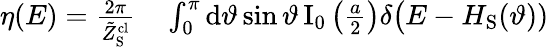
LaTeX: \begin{array}{rl}{\eta(E)=\frac{2\pi}{\tilde{Z}_{\mathrm{S}}^{\mathrm{cl}}}}&{{}\int_{0}^{\pi}\mathrm{d}\vartheta\sin\vartheta\, \mathrm{I}_{0}\left(\frac{a}{2}\right)\delta\big(E-H_{\mathrm{S}}(\vartheta))}\end{array}